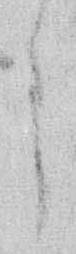
ま